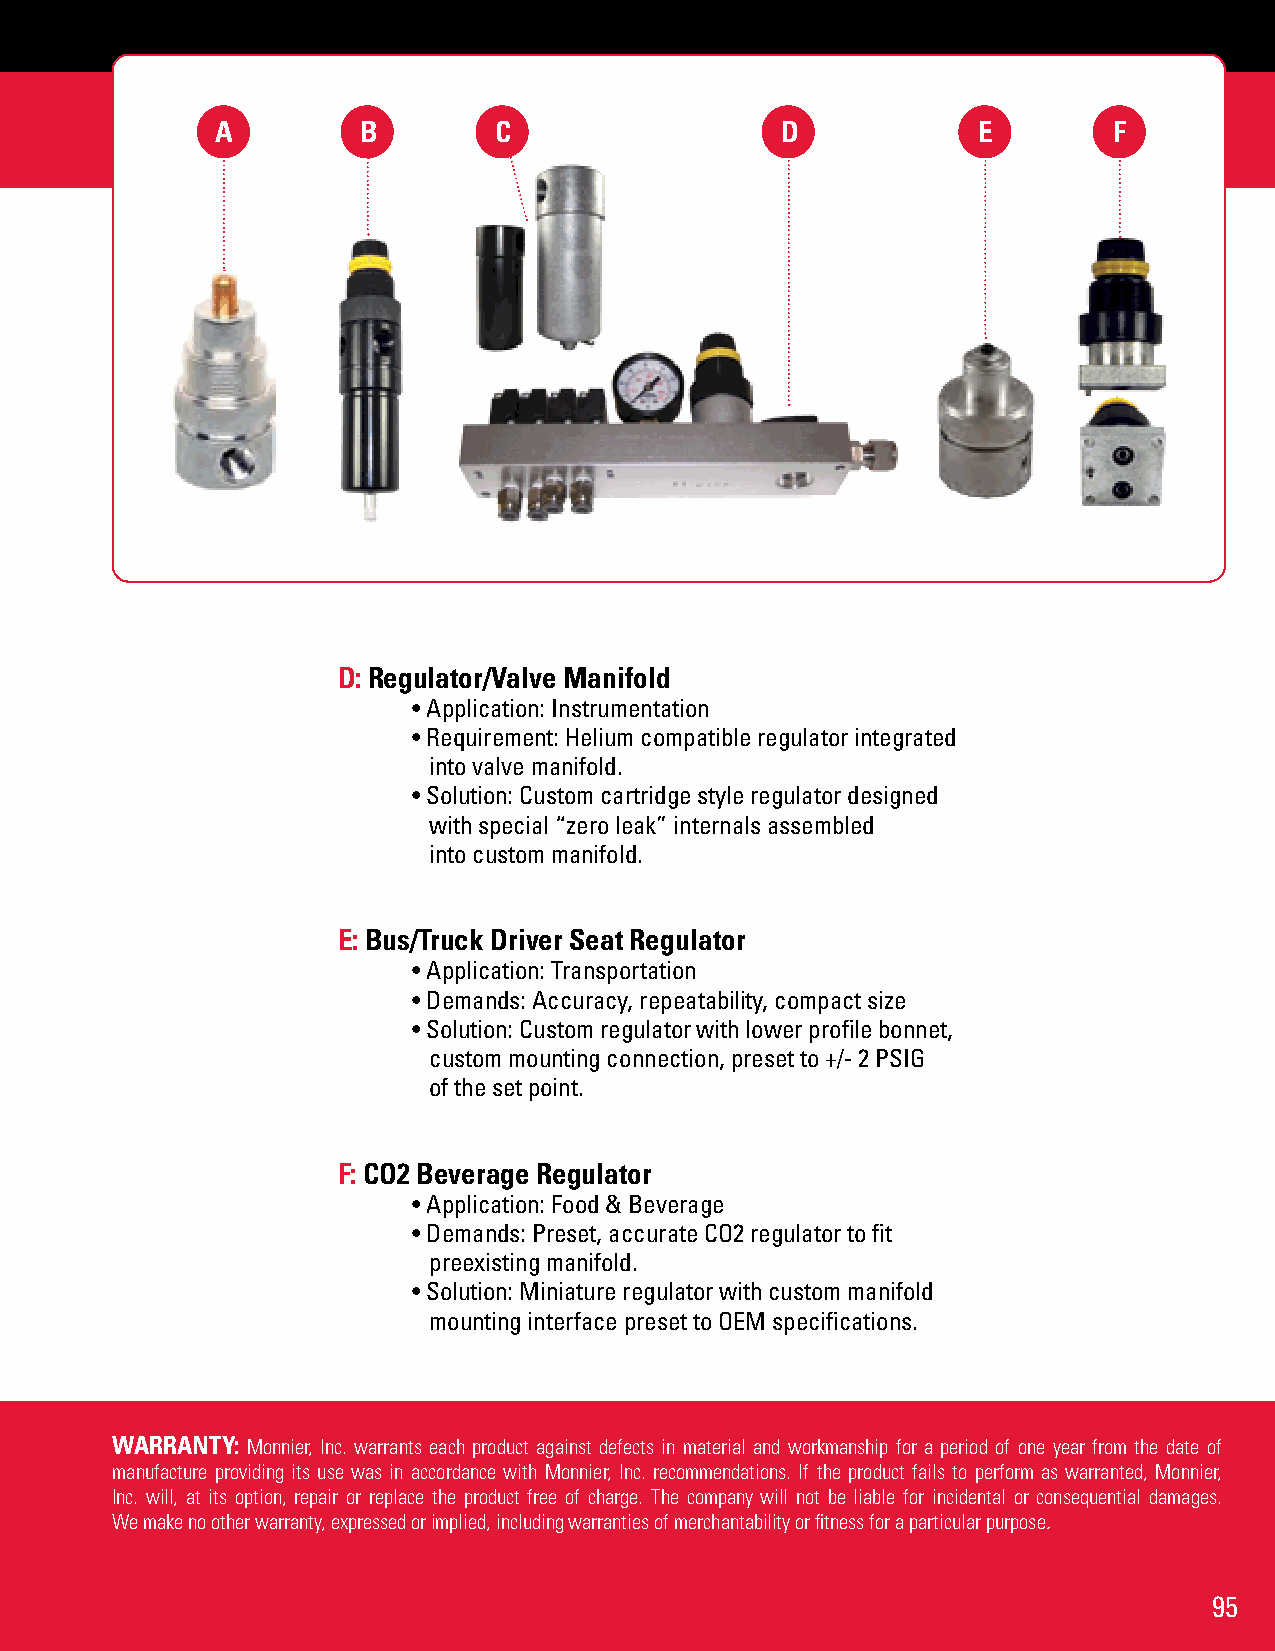
A         B        C                  D            E        F
 D: Regulator/Valve Manifold
 • Application: Instrumentation
 • Requirement: Helium compatible regulator integrated
 into valve manifold.
 • Solution: Custom cartridge style regulator designed
 with special “zero leak” internals assembled
 into custom manifold.
 E: Bus/Truck Driver Seat Regulator
 • Application: Transportation
 • Demands: Accuracy, repeatability, compact size
 • Solution: Custom regulator with lower profile bonnet,
 custom mounting connection, preset to +/- 2 PSIG
 of the set point.
 F: CO2 Beverage Regulator
 • Application: Food & Beverage
 • Demands: Preset, accurate CO2 regulator to fit
 preexisting manifold.
 • Solution: Miniature regulator with custom manifold
 mounting interface preset to OEM specifications.
 WARRANTY: Monnier, Inc. warrants each product against defects in material and workmanship for a period of one year from the date of
 manufacture providing its use was in accordance with Monnier, Inc. recommendations. If the product fails to perform as warranted, Monnier,
 Inc. will, at its option, repair or replace the product free of charge. The company will not be liable for incidental or consequential damages.
 We make no other warranty, expressed or implied, including warranties of merchantability or fitness for a particular purpose.
 95